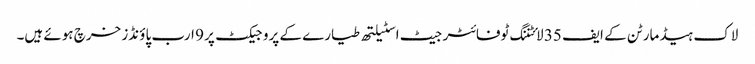
لاک ہیڈ مارٹن کے ایف 35 لائٹننگ ٹوفائٹر جیٹ اسٹیلتھ طیارے کے پروجیکٹ پر 9 ارب پاؤنڈز خرچ ہوئے ہیں۔